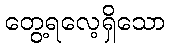
တွေ့ရလေ့ရှိသော